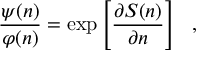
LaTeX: \frac { \psi ( n ) } { \varphi ( n ) } = \exp \left[ \frac { \partial { \cal S } ( n ) } { \partial n } \right] \ \ ,